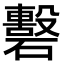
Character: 𥖳